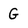
Character: G